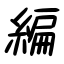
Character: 編